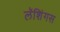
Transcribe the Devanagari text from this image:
लॅशिंगस